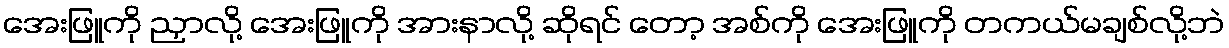
အေးဖြူကို ညှာလို့ အေးဖြူကို အားနာလို့ ဆိုရင် တော့ အစ်ကို အေးဖြူကို တကယ်မချစ်လို့ဘဲ